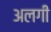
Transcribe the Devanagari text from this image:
अलगी